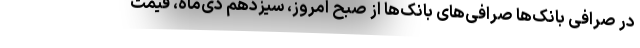
در صرافی بانک‌ها صرافی‌های بانک‌ها از صبح امروز، سیزدهم دی‌ماه، قیمت